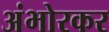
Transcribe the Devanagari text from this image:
अंभोरकर